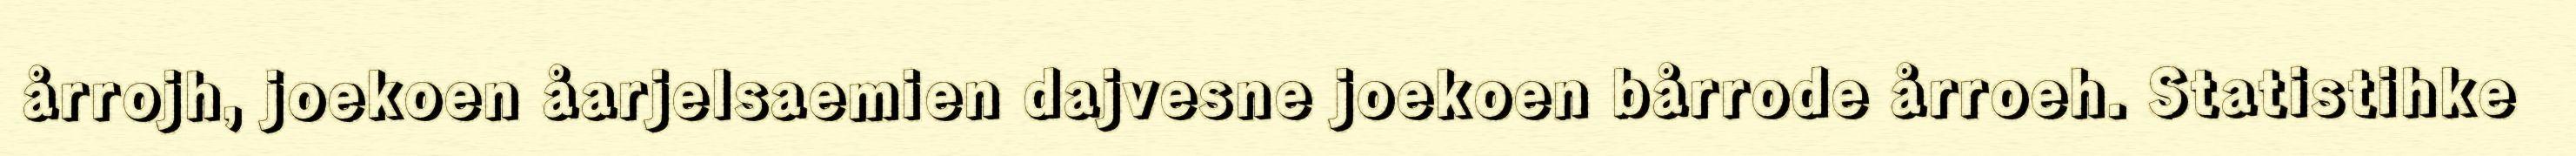
årrojh, joekoen åarjelsaemien dajvesne joekoen bårrode årroeh. Statistihke